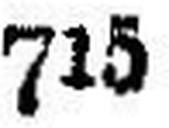
715